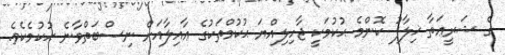
ގެ ޝަރީޢަތާ ޚިލާފު ކޮންމެ ޙުކުމަކީ ޖާހިލިއްޔަ ޙުކުމްތަކުގެ ޢާއިލާއަށް ނިސްބަތްވާނެ ޙުކުމެކެވެ.